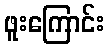
ဖူးကြောင်း